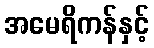
အမေရိကန်နှင့်